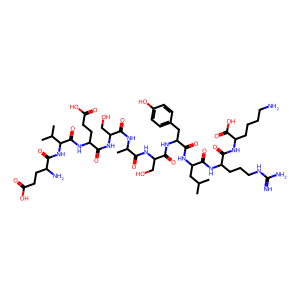
SMILES: CC(C)CC(NC(=O)C(Cc1ccc(O)cc1)NC(=O)C(CO)NC(=O)C(C)NC(=O)C(CO)NC(=O)C(CCC(=O)O)NC(=O)C(NC(=O)C(N)CCC(=O)O)C(C)C)C(=O)NC(CCCNC(=N)N)C(=O)NC(CCCCN)C(=O)O
Inhibits HIV replication: No